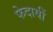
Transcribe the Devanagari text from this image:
फेदायीं